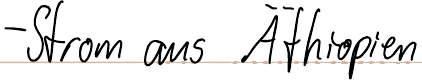
- Strom aus Äthiopien